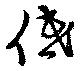
低